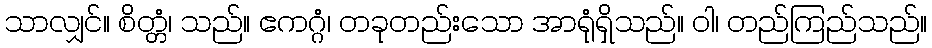
သာလျှင်။ စိတ္တံ၊ သည်။ ဧကဂ္ဂံ၊ တခုတည်းသော အာရုံရှိသည်။ ဝါ၊ တည်ကြည်သည်။